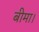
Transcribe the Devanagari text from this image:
बीमा।